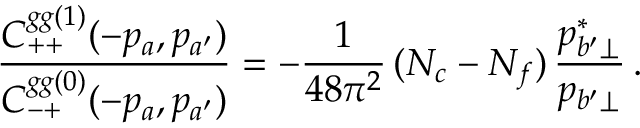
{ \frac { C _ { + + } ^ { g g ( 1 ) } ( - p _ { a } , p _ { a ^ { \prime } } ) } { C _ { - + } ^ { g g ( 0 ) } ( - p _ { a } , p _ { a ^ { \prime } } ) } } = - { \frac { 1 } { 4 8 \pi ^ { 2 } } } \, ( N _ { c } - N _ { f } ) \, { \frac { p _ { b ^ { \prime } \perp } ^ { * } } { p _ { b ^ { \prime } \perp } } } \, .